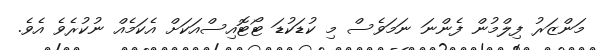
މަންޒަރު ފިލްމުން ފެންނަ ނަމަވެސް މި ކުޑަކުޑަ ޓޯޓޮއިސްއަކަށް އެކަމެއް ނުކުރެވެ އެވެ.